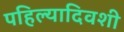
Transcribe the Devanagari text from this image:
पहिल्यादिवशी